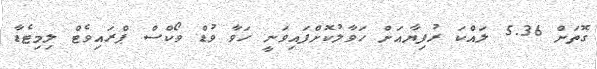
ގޮތަށް 5.36 ލައްކަ ރުފިޔާއަށް ހަވާލުކޮށްފައިވަނީ ހަވާ ވުޑް ވޯކްސް ޕްރައިވެޓް ލިމިޓެޑާ